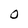
Character: O